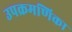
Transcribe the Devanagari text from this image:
उपक्रमणिका